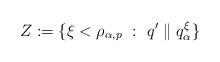
LaTeX: \begin{align*}Z:= \{ \xi < \rho_{\alpha,p} \ : \ q' \parallel q^\xi_\alpha \}\end{align*}